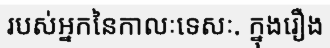
របស់អ្នកនៃកាលៈទេសៈ. ក្នុងរឿង